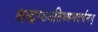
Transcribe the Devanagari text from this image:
श्रद्धाऽऽतिथ्यमदर्चनम्